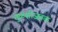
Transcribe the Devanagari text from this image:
तुळशीजवळ